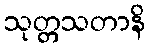
သုတ္တသတာနိ